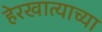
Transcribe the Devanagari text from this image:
हेरखात्याच्या